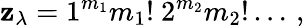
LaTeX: \mathbf{z}_{\lambda}=1^{m_{1}}m_{1}!~2^{m_{2}}m_{2}!\dots\, ,